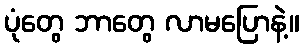
ပုံတွေ ဘာတွေ လာမပြောနဲ့။